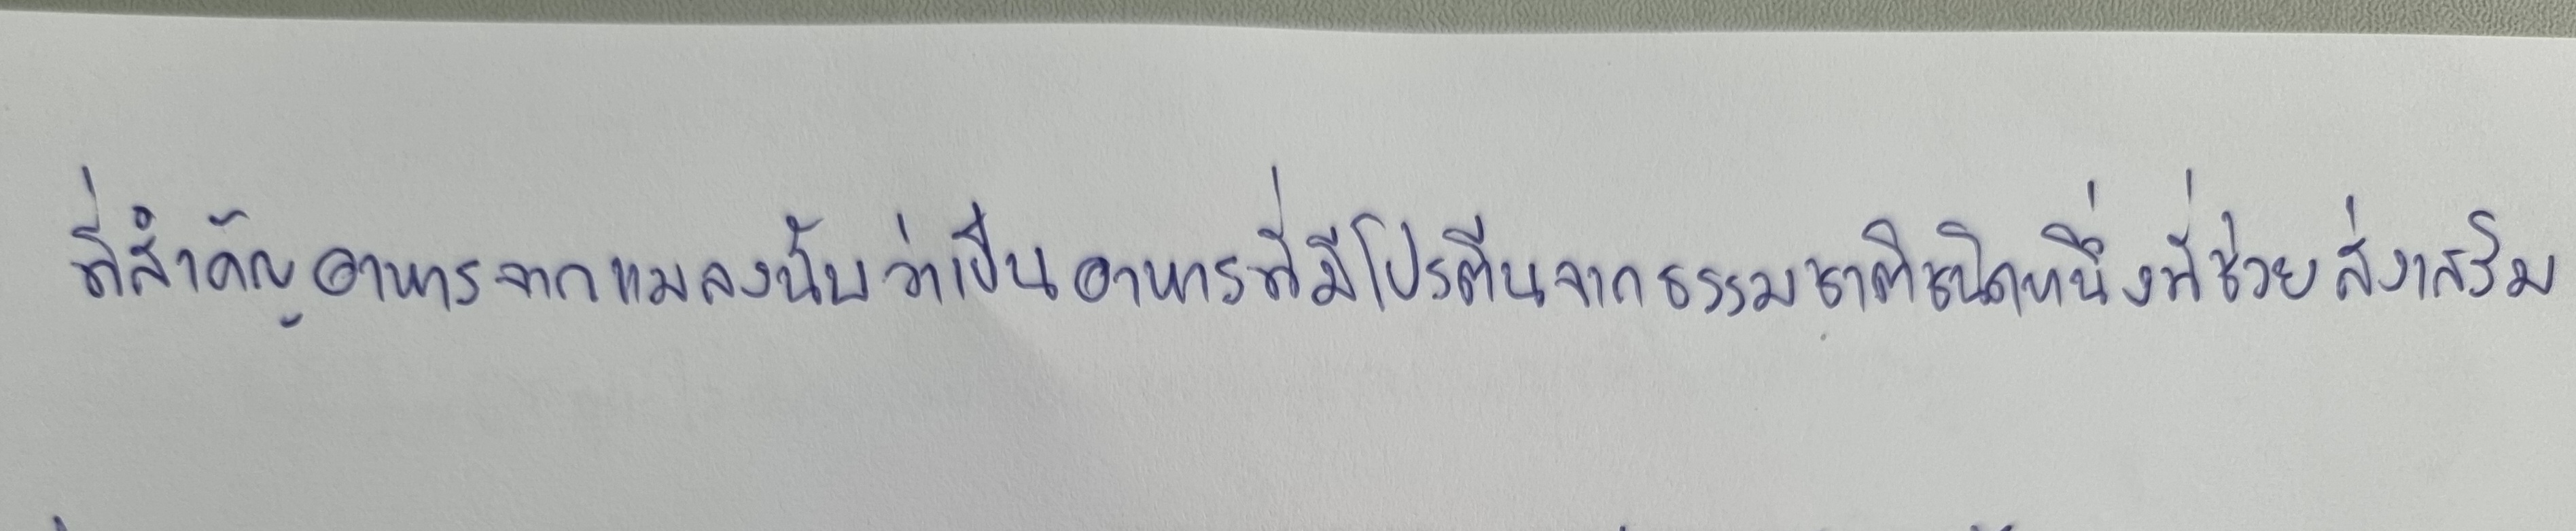
ที่สำคัญอาหารจากแมลงนับว่าเป็นอาหารที่มีโปรตีนจากธรรมชาติชนิดหนึ่งที่ช่วยส่งเสริม